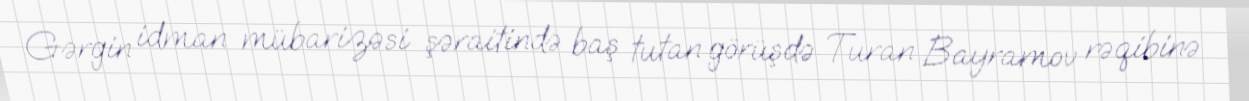
Gərgin idman mübarizəsi şəraitində baş tutan görüşdə Turan Bayramov rəqibinə